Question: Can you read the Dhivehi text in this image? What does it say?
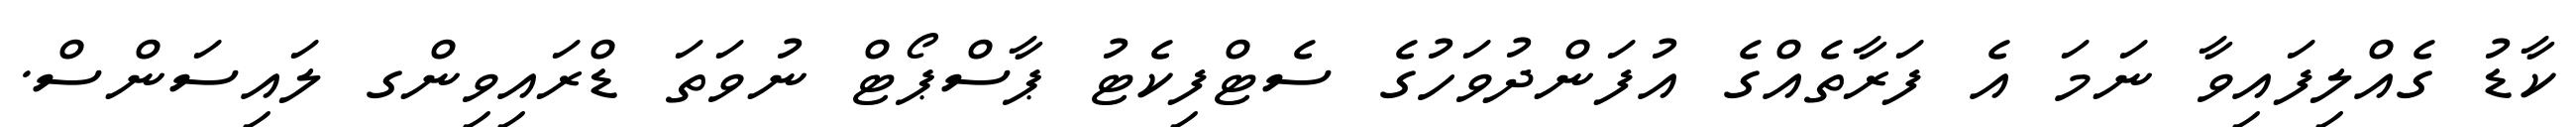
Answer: ކާޑު ގެއްލިފައިވާ ނަމަ އެ ފަރާތެއްގެ އުފަންދުވަހުގެ ސެޓްފިކެޓު ޕާސްޕޯޓް ނުވަތަ ޑްރައިވިންގ ލައިސަންސް.